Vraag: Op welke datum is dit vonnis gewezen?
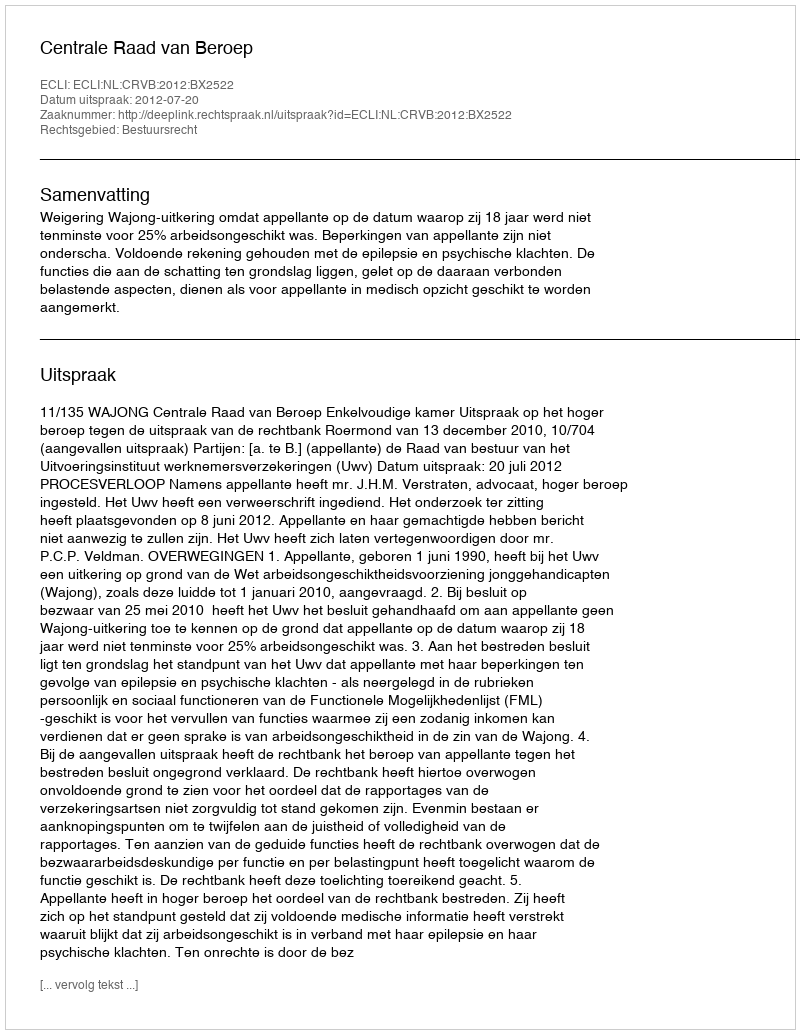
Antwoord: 2012-07-20